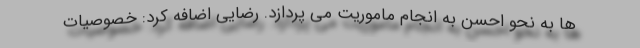
ها به نحو احسن به انجام ماموریت می پردازد. رضایی اضافه کرد: خصوصیات